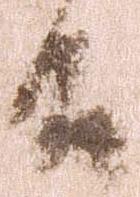
殿